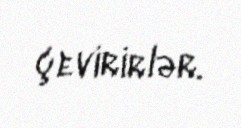
çevirirlər.